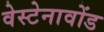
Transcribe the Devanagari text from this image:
वेस्टेनावोंड